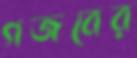
গজবের